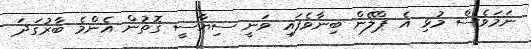
ނަމަވެސް މުޅި އެ ޕްލޭން ބިނާވެފައި ވަނީ ސިޔާސީ ގޮތުން އެންމެ ބާރުގަދަ